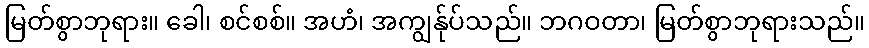
မြတ်စွာဘုရား။ ခေါ၊ စင်စစ်။ အဟံ၊ အကျွန်ုပ်သည်။ ဘဂဝတာ၊ မြတ်စွာဘုရားသည်။